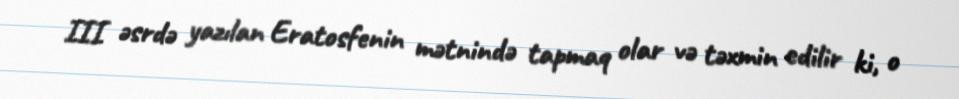
III əsrdə yazılan Eratosfenin mətnində tapmaq olar və təxmin edilir ki, o